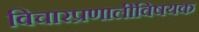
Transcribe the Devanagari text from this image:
विचारप्रणालीविषयक